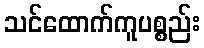
သင်ထောက်ကူပစ္စည်း